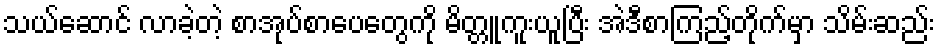
သယ်ဆောင် လာခဲ့တဲ့ စာအုပ်စာပေတွေကို မိတ္တူကူးယူပြီး အဲဒီစာကြည့်တိုက်မှာ သိမ်းဆည်း